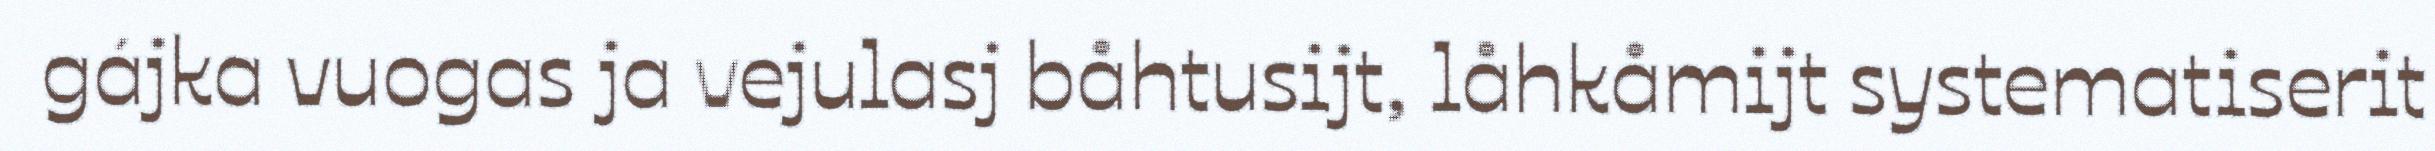
gájka vuogas ja vejulasj båhtusijt, låhkåmijt systematiserit